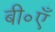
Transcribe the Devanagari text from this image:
बी॰एँ